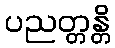
ပညတ္တန္တိ